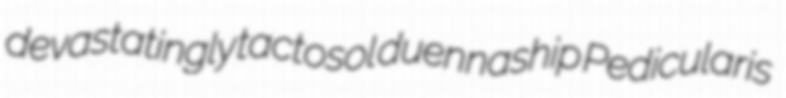
devastatingly tactosol duennaship Pedicularis